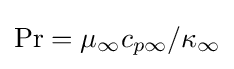
\mathrm {Pr} =\mu _{\infty }c_{p\infty }/\kappa _{\infty }